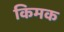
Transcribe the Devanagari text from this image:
किमक